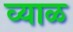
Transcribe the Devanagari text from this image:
व्याळ